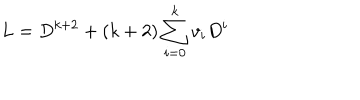
L = D ^ { k + 2 } + ( k + 2 ) \sum _ { i = 0 } ^ { k } v _ { i } D ^ { i }